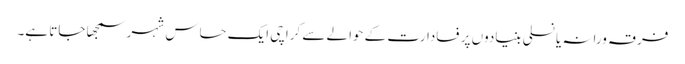
فرقہ ورانہ یا نسلی بنیادوں پر فسادارت کے حوالے سے کراچی ایک حساس شہر سمجھا جاتا ہے۔